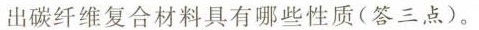
出碳纤维复合材料具有哪些性质(答三点)。